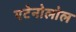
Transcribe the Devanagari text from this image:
एटेनोलोल